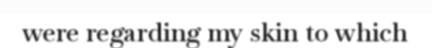
were regarding my skin to which